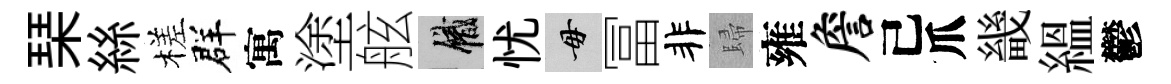
琹絲槎群寓塗舷識忧毋冨非歸雍詹己爪畿緼鬱